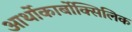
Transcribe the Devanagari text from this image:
आर्थोकार्बोक्सिलिक